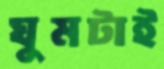
ঘুমটাই